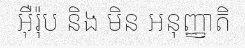
អ៊ឺរ៉ុប និង មិន អនុញ្ញាតិ